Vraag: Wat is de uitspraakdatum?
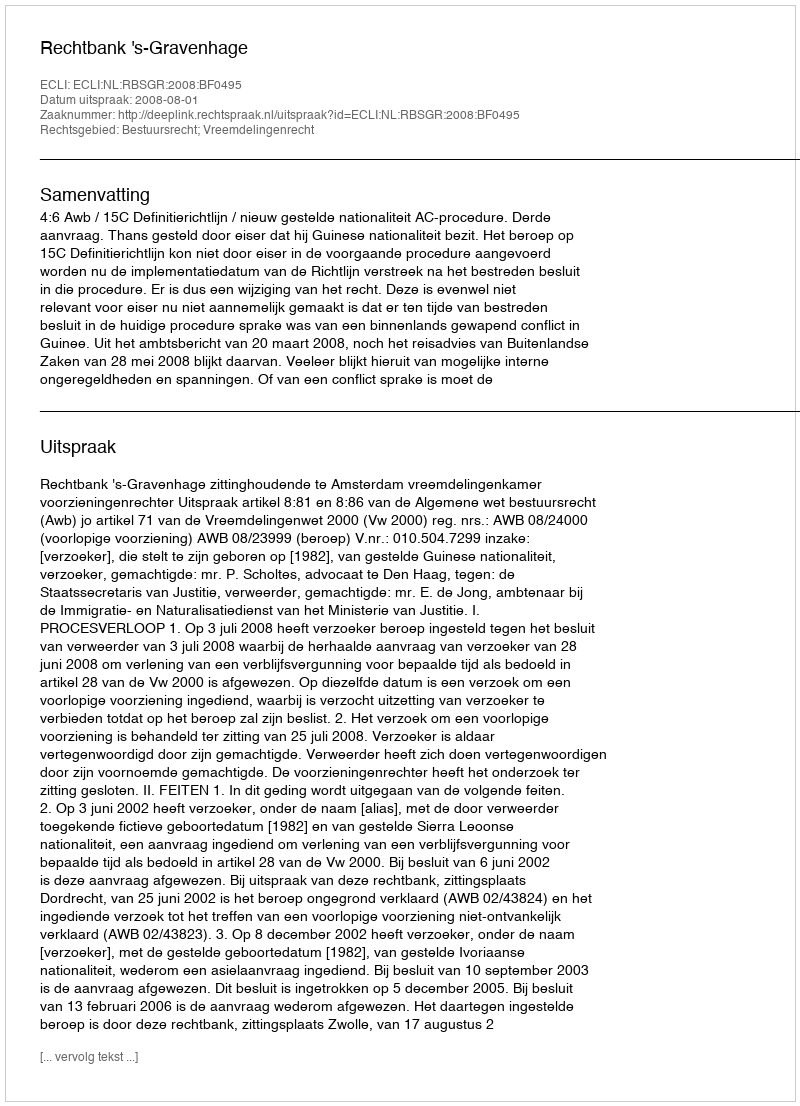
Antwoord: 2008-08-01